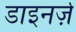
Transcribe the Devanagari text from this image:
डाइनर्ज़